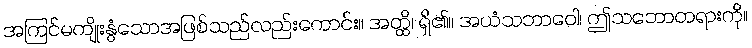
အကြင်မကျိုးနွံသောအဖြစ်သည်လည်းကောင်း။ အတ္ထိ၊ ရှိ၏။ အယံသဘာဝေါ၊ ဤသဘောတရားကို။